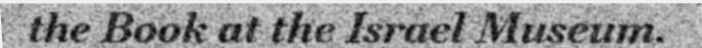
the Book at the Israel Museum.